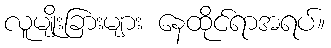
လူမျိုးခြားများ နေထိုင်ရာအရပ်။